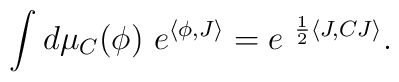
\int d\mu_C ( \phi  ) \ e^{\langle \phi , J \rangle } = e^{\ \frac{1}{2} \langle J, C J \rangle } .